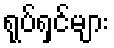
ရုပ်ရှင်များ